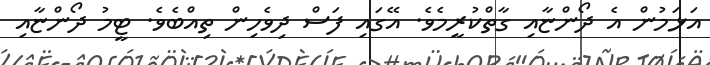
އަޅަމުން އެ ދޯންޏާއި ގާތްކުރީމެވެ. އޭގައި ފަސް ދިވެހިން ތިއްބެވެ. ޓީމު ދޯންޏާއި